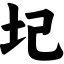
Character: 圮